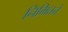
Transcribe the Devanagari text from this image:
निमित्तने